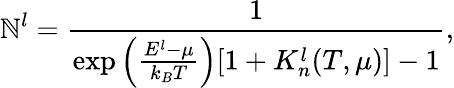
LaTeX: \mathbb{N}_{}^{l}=\frac{{1}}{{\exp\left(\frac{{E^{l}-\mu}}{{k_{B}T}}\right)[1+K_{n}^{l}(T,\mu)]-1}},